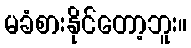
မခံစားနိုင်တော့ဘူး။